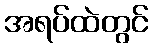
အရပ်ထဲတွင်